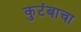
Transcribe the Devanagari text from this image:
कुटंबाचा